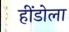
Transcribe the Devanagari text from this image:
हींडोला